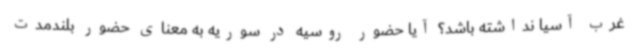
غرب آسیا نداشته باشد؟ آیا حضور روسیه در سوریه به معنای حضور بلندمدت